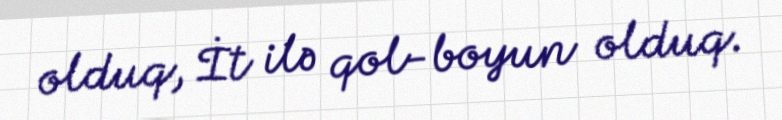
olduq, İt ilə qol-boyun olduq.